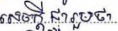
សេចក្តីជារួមថា